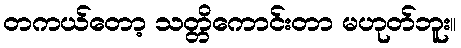
တကယ်တော့ သတ္တိကောင်းတာ မဟုတ်ဘူး။